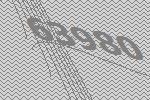
63980